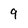
Character: 9